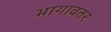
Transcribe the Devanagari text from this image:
भागावतर